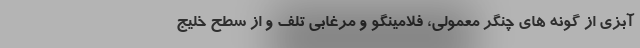
آبزی از گونه های چنگر معمولی، فلامینگو و مرغابی تلف و از سطح خلیج